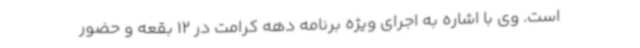
است. وی با اشاره به اجرای ویژه برنامه دهه کرامت در 12 بقعه و حضور